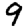
Digit: 9